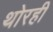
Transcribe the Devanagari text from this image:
थोरही